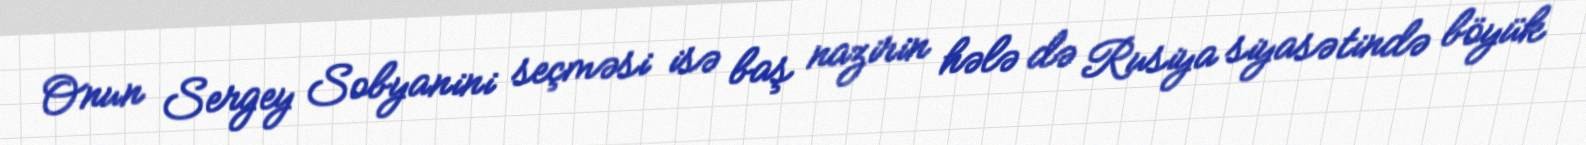
Onun Sergey Sobyanini seçməsi isə baş nazirin hələ də Rusiya siyasətində böyük